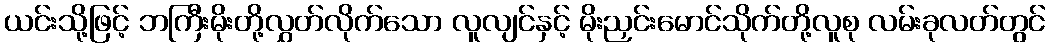
ယင်းသို့ဖြင့် ဘကြီးမိုးတို့လွှတ်လိုက်သော လူလျင်နှင့် မိုးညှင်းမောင်သိုက်တို့လူစု လမ်းခုလတ်တွင်